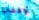
أوقفي